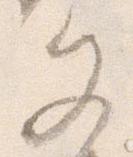
文